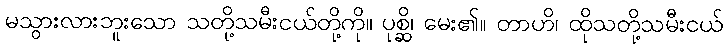
မသွားလားဘူးသော သတို့သမီးငယ်တို့ကို။ ပုစ္ဆိ၊ မေး၏။ တာဟိ၊ ထိုသတို့သမီးငယ်